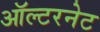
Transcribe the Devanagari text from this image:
ऑल्टरनेट